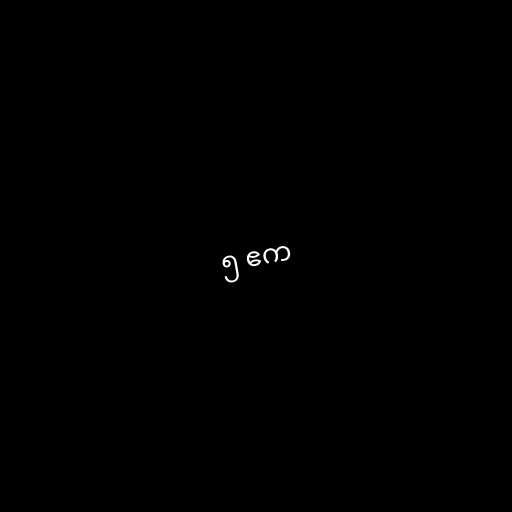
၅ ဧက